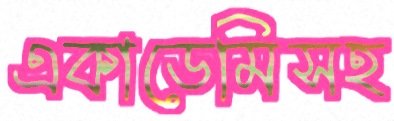
একাডেমিসহ